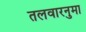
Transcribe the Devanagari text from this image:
तलवारनुमा